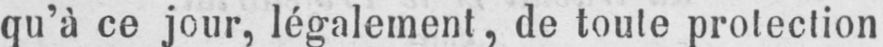
qu’à ce jour, légalement, de toute protection